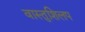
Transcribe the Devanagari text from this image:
वास्तुशिलप